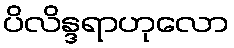
ပိလိန္ဒရာဟုလော